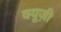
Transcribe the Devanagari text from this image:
क्यूज़ी